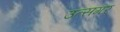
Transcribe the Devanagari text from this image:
उत्सगर्